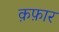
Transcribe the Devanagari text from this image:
क़फ़ार